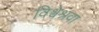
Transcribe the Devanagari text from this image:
विश्वेश्रवा